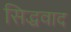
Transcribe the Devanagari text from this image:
सिद्धवाद